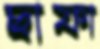
ছাফা